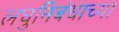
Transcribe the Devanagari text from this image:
लघुनिबंधाच्या